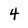
Character: 4